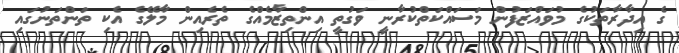
ގެ އިދާރާތަކުގެ މުވައްޒަފުން މަސައްކަތްކުރާނީ ވަގުތީ އިންތިޒާމެއްގެ ތެރެއިން މާލޭގެ އެކި ތަންތަނުގައި